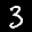
Label: 3